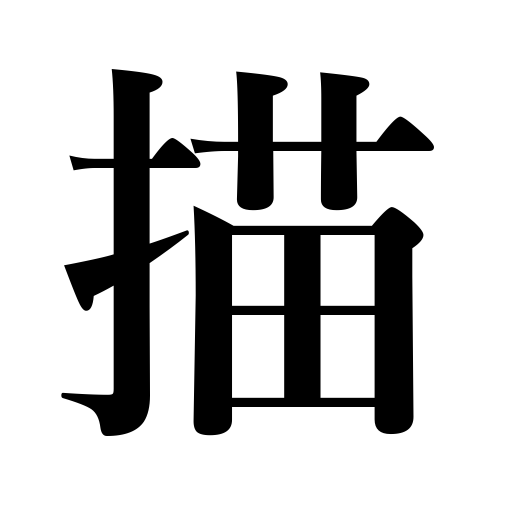
Meanings: paint,describe,draw,sketch,compose,write